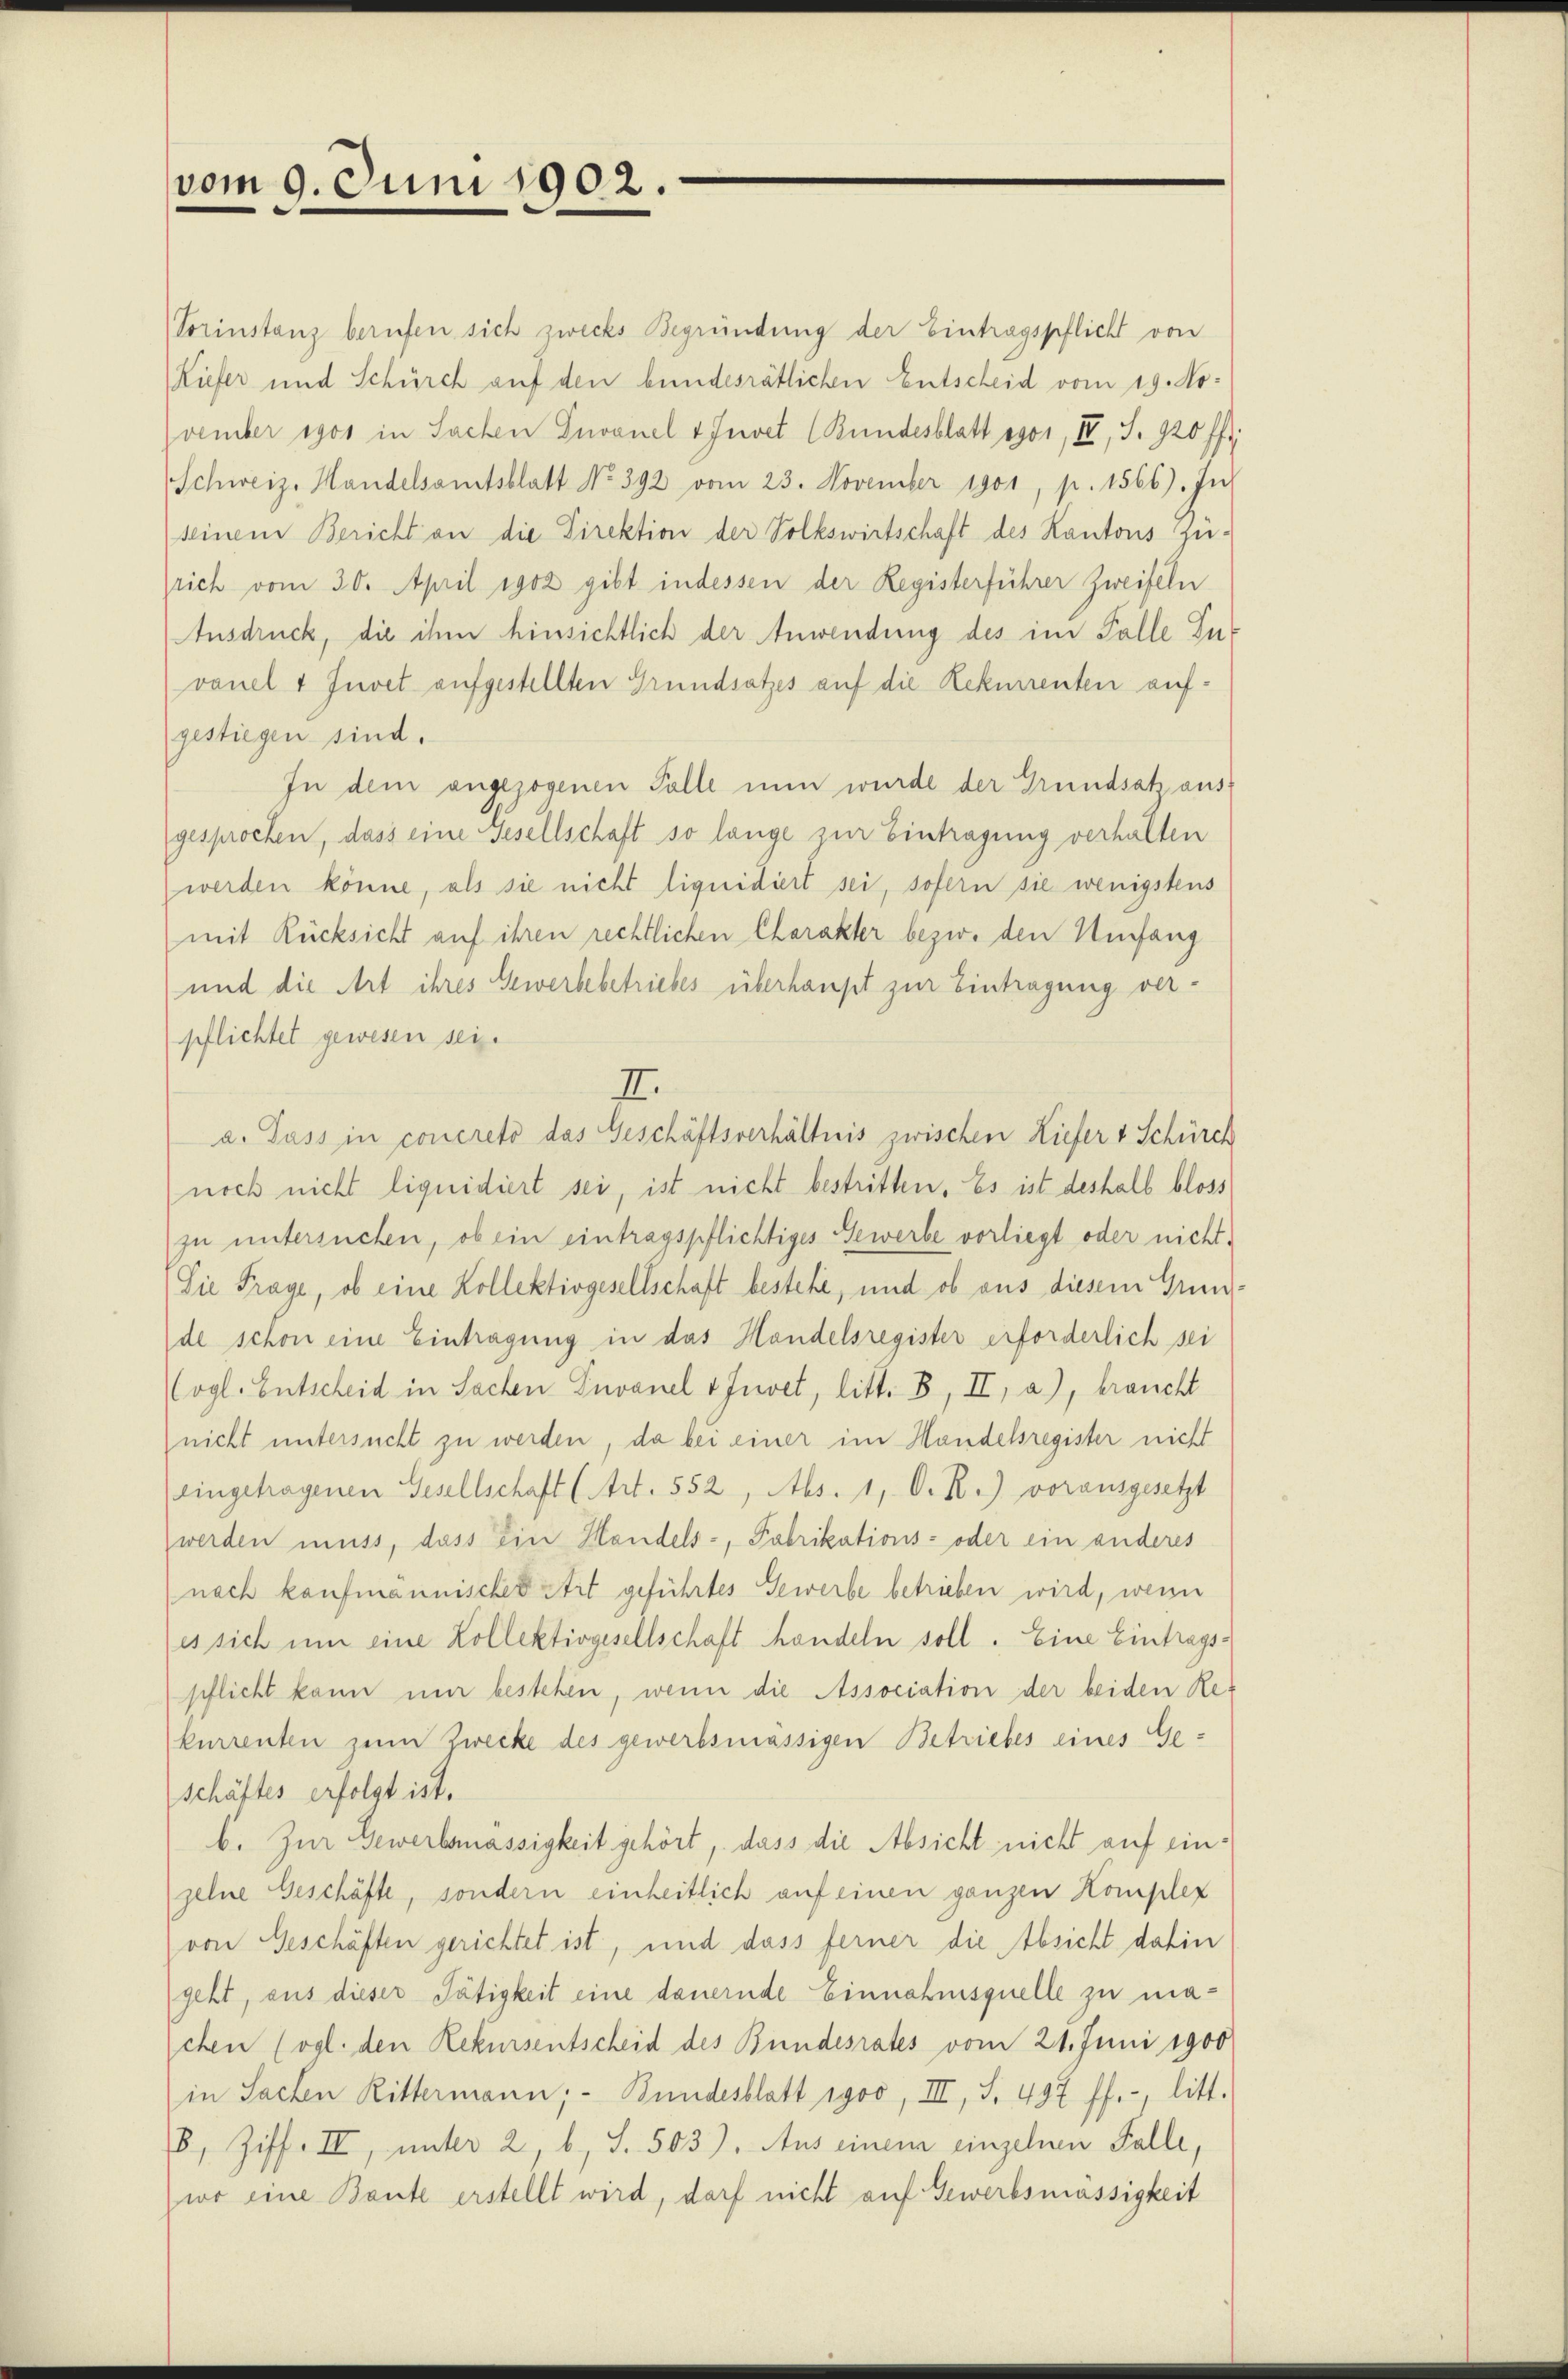
vom 9. Juni 1902.

(Vorinstanz berufen sich zwecks Begründung der Eintragspflicht von
Kiefer und Schürch auf den bundesrätlichen Entscheid vom 19. November egos in Sachen Invanel & Invet (Bundesblatt egoi, IV, S. 920 ff.
Schweiz. Handelsamtsblatt No. 392 vom 23. November 1901, p. 1566). In
seinem Bericht an die Direktion der Volkswirtschaft des Kantons Zusrich vom 30. April 1902 gibt indessen der Registerführer Zweifeln
Ausdruck, die ihm hinsichtlich der Anwendung des im Falle Zuvanel 1 Juvet aufgestellten Grundsatzes auf die Rekurrenten aufgestiegen sind.
In dem angezogenen Falle nun wurde der Grundsatz aus
gesprochen, dass eine Gesellschaft so lange zur Eintragung verhalten
werden könne, als sie nicht liquidiert sei, sofern sie wenigstens
mit Rücksicht auf ihren rechtlichen Charakter bezw. den Umfang
und die Art ihres Gewerbebetriebes überhaupt zur Eintragung verpflichtet gewesen sei.
II.
a. Pass in concreto das Geschäftsverhältnis zwischen Liefer & Schürch
noch nicht liquidiert sei, ist nicht bestritten. Es ist deshalb bloss
zu untersuchen, ob ein eintragspflichtiges Gewerbe vorliegt oder nicht
Die Frage, ob eine Kollektivgesellschaft bestehe, und ob aus diesem Grundde schon eine Eintragung in das Handelsregister erforderlich sei
ogl. Entscheid in Sachen Envanel & Juvet, litt. B, II, a.), braucht
(nicht untersucht zu werden, da bei einer im Handelsregister nicht
(eingehagenen Gesellschaft (Art. 552, Abs. 1, D. R.) vorausgesetzt
werden muss, dass ein Handels-, Fabrikations- oder ein anderes
nach kaufmannischer Art geführtes Gewerbe betrieben wird, wenn
es sich um eine Kollektivgesellschaft handeln soll. Eine Eintrags-
pflicht kann nur bestehen, wenn die Association der beiden Re-
kurrenten zum Zwecke des gewerbsmässigen Betriebes eines Geschäftes erfolgt ist.
b. Zur Gewerbsmässigkeit gehört, dass die Absicht nicht auf einzelne Geschäfte, sondern einheitlich auf einen ganzen Komplex
von Geschäften gerichtet ist, und dass ferner die Absicht dahin
geht, aus dieser Tätigkeit eine dauernde Einnahmsquelle zu machen (vgl. den Rekursentscheid des Bundesrates vom 21. Juni 1900
in Sachen Rittermann; - Bundesblatt 1900, III, S. 497 ff., litt.
B, Ziff. II, unter 2, b, S. 503). Aus einem einzelnen Falle,
wo eine Baute erstellt wird, darf nicht auf Gewerbsmässigkeit